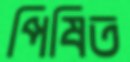
পিষিত